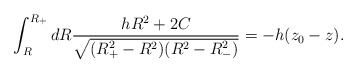
\begin{align*}\int^{R_+}_R dR\frac{hR^2+2C}{\sqrt{(R^2_+-R^2)(R^2-R^2_-)}}=-h(z_0-z).\end{align*}